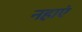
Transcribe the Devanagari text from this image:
नहाएं